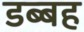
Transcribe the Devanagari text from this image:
डब्बह